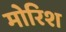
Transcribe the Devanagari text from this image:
मोरिश